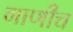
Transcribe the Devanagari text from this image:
गाणीच